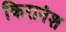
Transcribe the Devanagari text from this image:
किरानंश